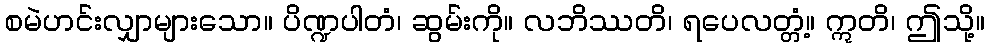
စမဲဟင်းလျှာများသော။ ပိဏ္ဍပါတံ၊ ဆွမ်းကို။ လဘိဿတိ၊ ရပေလတ္တံ့။ ဣတိ၊ ဤသို့။